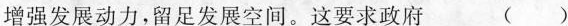
增强发展动力，留足发展空间。这要求政府 ( )